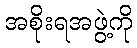
အစိုးရအဖွဲ့ကို